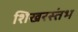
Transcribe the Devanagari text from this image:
शिखरस्तंभ